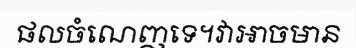
ផលចំណេញទេ។វាអាចមាន